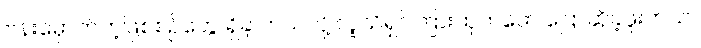
ဗန်းမှောက်တဲ့ဖြစ်စဉ်တွေ ရှိခဲ့ တယ်လို့ လူသိရှင်ကြားထုတ်ဖော် ပြောဆိုခဲ့ဖူးတယ်။